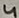
Text: 4